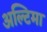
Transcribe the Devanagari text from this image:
अल्टिमा